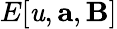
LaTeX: E[\mathit{u},\mathbf{{a}},\mathbf{{B}}]